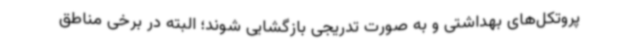
پروتکل‌های بهداشتی و به صورت تدریجی بازگشایی شوند؛ البته در برخی مناطق